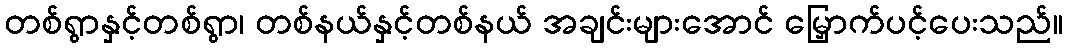
တစ်ရွာနှင့်တစ်ရွာ၊ တစ်နယ်နှင့်တစ်နယ် အချင်းများအောင် မြှောက်ပင့်ပေးသည်။